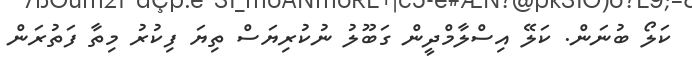
ކަލޯ ބުނަން. ކަލޭ އިސްލާމްދީން ގަބޫލު ނުކުރިޔަސް ތިޔަ ފިކުރު މިތާ ފަތުރަން